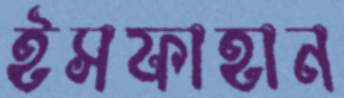
ইসফাহান